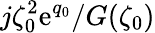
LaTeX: j\zeta_{0}^{2}\mathrm{e}^{q_{0}}/G(\zeta_{0})